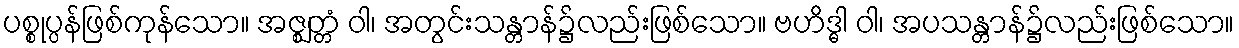
ပစ္စုပ္ပန်ဖြစ်ကုန်သော။ အဇ္ဈတ္တံ ဝါ၊ အတွင်းသန္တာန်၌လည်းဖြစ်သော။ ဗဟိဒ္ဓါ ဝါ၊ အပသန္တာန်၌လည်းဖြစ်သော။